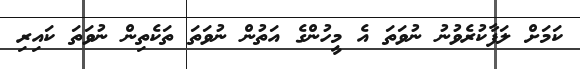
ކަމަށް ލަފާކުރެވުނު ނުވަތަ އެ މީހުންގެ އަތުން ނުވަތަ ތަކެތިން ނުވަތަ ކައިރި